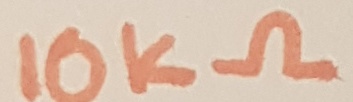
Text: 10KΩ